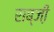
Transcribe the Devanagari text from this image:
सब्जी़